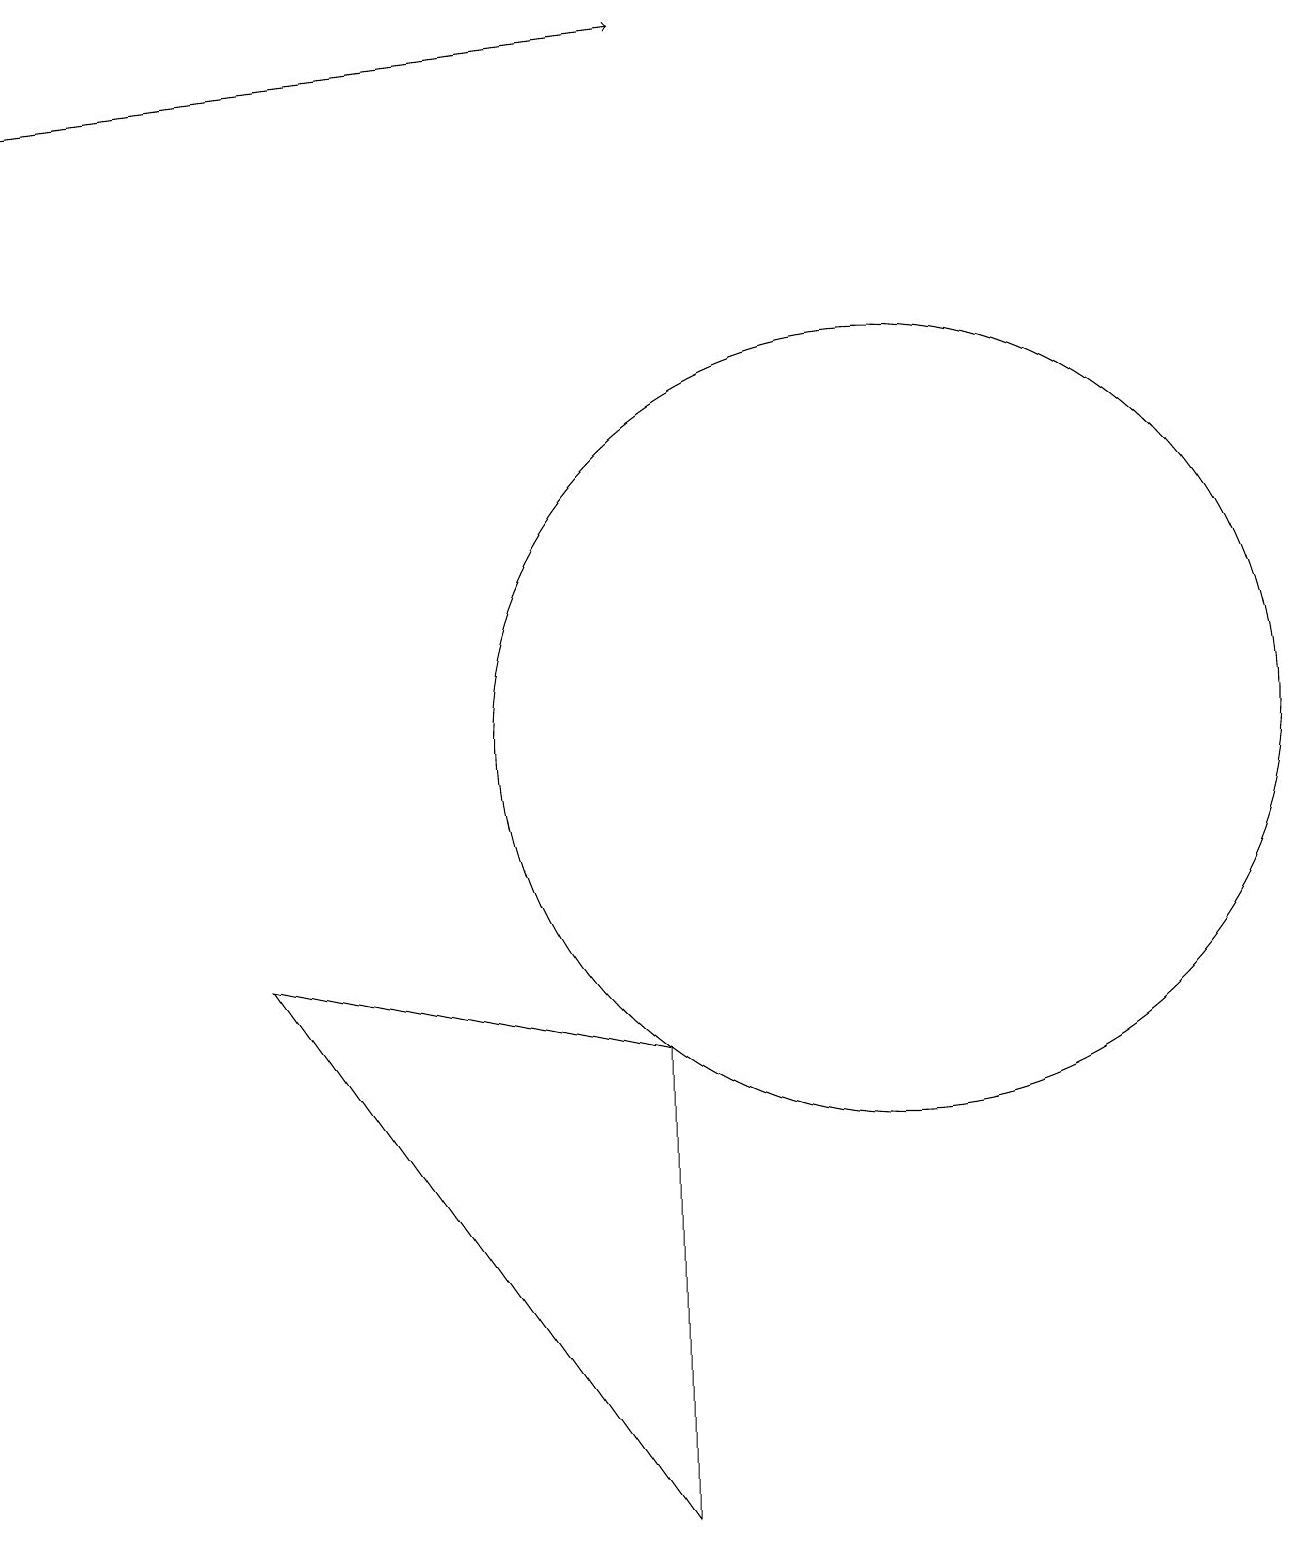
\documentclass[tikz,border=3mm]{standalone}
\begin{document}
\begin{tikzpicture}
\draw (9,0) -- (9,6) -- (4,7) -- cycle;
\draw (12,10) circle (5);
\draw[->] (1,18) -- (9,19);
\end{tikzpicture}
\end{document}